Report of the Municipal Commissioner on the plague in Bombay for the year ending 31st May... - Volume 2
Disease focus: Plague
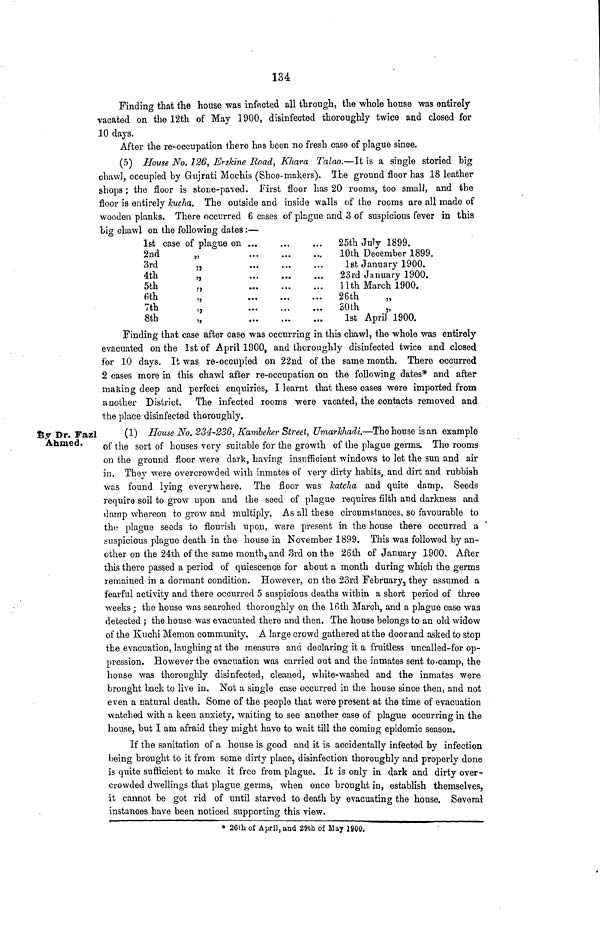
134
Finding that the house was infected all through, the whole house was entirely
vacated on the 12th of May 1900, disinfected thoroughly twice and closed for
10 days.
After the re-occupation there has heen no fresh case of plague since.
(5) House No. 226, Erskine Road, Khava Talao.—It is a single storied big
chawl, occupied by Gujrati Mochis (Shoe-makers). The ground floor has 18 leather
shops; the floor is stone-paved. First floor has 20 rooms, too small, and the
floor is entirely kucha. The outside and inside walls of the rooms are all made of
wooden planks. There occurred 6 cases of plague and. 3 of suspicious fever in this
big chawl on the following dates:—
1st case of plague on
2nd
3rd
4th
5th
6th
7th
8th
>»
5J
>J
)>
»
SJ
5J
...
...
...
...
...
...
...
...
...
...
...
...
...
...
...
...
...
...
...
«»•
...
...
...
...
25th July 1899.
10th December 1899.
Isb January 1900.
23rd January 1900.
llth March 1900.
26th
„
30th
„
1st April 1900.
Finding that case after case was occurring in this chawl, the whole was entirely
evacuated on the 1st of April 1.900, and thoroughly disinfected twice and closed
for 10 days. It was re-occupied on 22nd of the same month. There occurred
2 cases more in this chawl after re-occupation on the following dates* and after
making deep and perfect enquiries, I learnt that these cases were imported from
another District. The infected rooms were vacated, the contacts removed and
the place disinfected thoroughly.
fey Dr. Fazl
Ahmed.
(1) House No. 234-236, Kamleker Street, Umarkhadi.—The house is an example
of the sort of houses very suitable for the growth of the plagne germs. The rooms
on the ground floor were dark, having insufficient windows to let the sun and air
in. They were overcrowded with inmates of very dirty habits, and dirt and rubbish
was found lying everywhere. The floor was katcha and quite damp. Seeds
require soil to grow upon and the seed of plague requires filth and darkness and
dump whereon to grow and multiply. As all these circumstances, so favourable to
the plague seeds to flourish upon, were present in the house there occurred a
suspicious plague death in the house in November 1899. This was followed by an-
other on the 24th of the same month, and 3rd on the 26th of January 1900. After
this there passed a period of quiescence for about a month during which the germs
remained in a dormant condition. However, on the 23rd February, they assumed a
fearful activity and there occurred 5 suspicious deaths within a short period of three
weeks; the house was searched thoroughly on the 16th March, and a plague case was
detected ; the house was evacuated there and then. The house belongs to an old widow
of the Kuchi Memon community. A large crowd gathered at the door and asked to stop
the evacuation, laughing at the measure and declaring it a fruitless uncalled-for op-
pression. However the evacuation was carried out and the inmates sent to-camp, the
house was thoroughly disinfected, cleaned, white-washed and the inmates were
brought back to live in. Not a single case occurred in the house since then, and not
even a natural death. Some of the people that were present at the time of evacuation
watched with a keen anxiety, waiting to see another case of plague occurring in the
house, but I am afraid they might have to wait till the coming epidemic season.
If the sanitation of a house is good and it is accidentally infected by infection
being brought to it from some dirty place, disinfection thoroughly and properly done
is quite sufficient to make it free from plague. It is only in dark and dirty over-'
crowded dwellings that plague germs, when once brought in, establish themselves,
it cannot be got rid of until starved to death by evacuating the house. Several
instances have been noticed supporting this view.
* 26th of April, and 29tb of Way 1900.